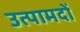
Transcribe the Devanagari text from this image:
उत्पामदों